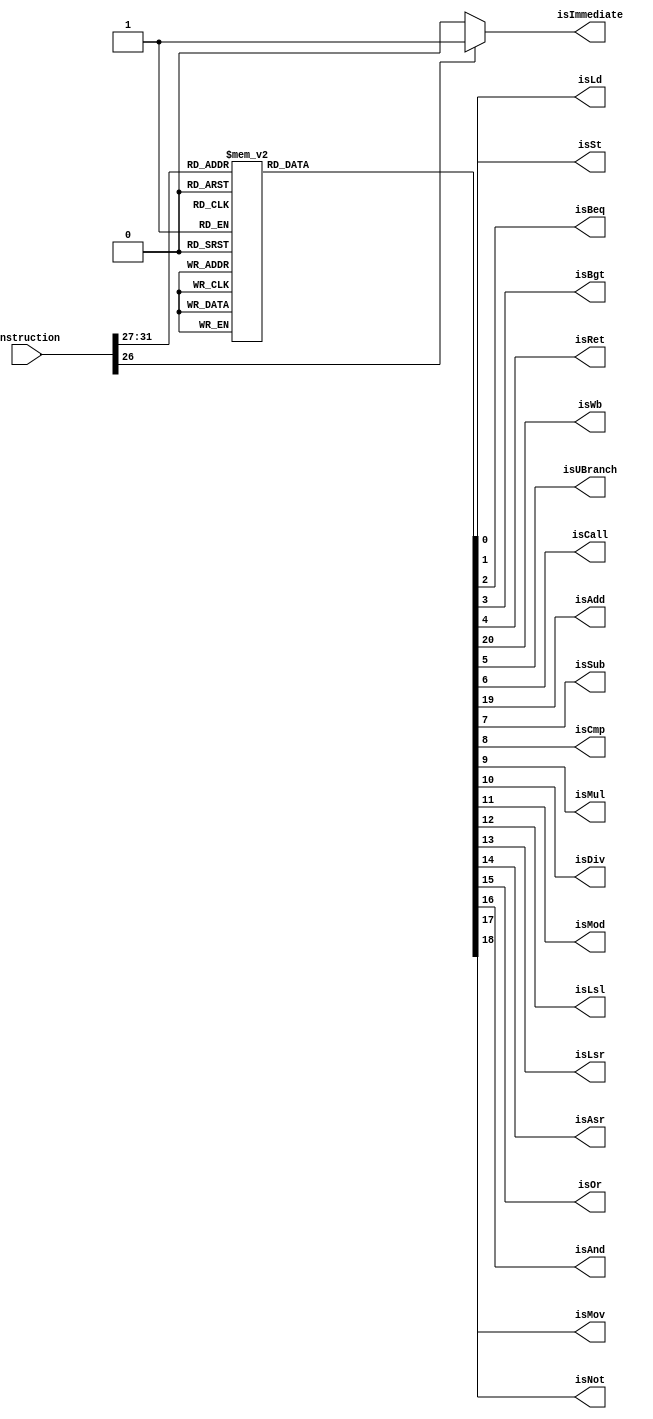
`timescale 1ns / 1ps
//////////////////////////////////////////////////////////////////////////////////
// Company: 
// Engineer: 
// 
// Design Name: 
// Module Name: ControlUnit
// Project Name: 
// Target Devices: 
// Tool Versions: 
// Description: 
// 
// Dependencies: 
// 
// Revision:
// Revision 0.01 - File Created
// Additional Comments:
// 
//////////////////////////////////////////////////////////////////////////////////


module ControlUnit (
    input wire [31:0] Instruction,
    output reg isSt,
    output reg isLd,
    output reg isBeq,
    output reg isBgt,
    output reg isRet,
    output reg isImmediate,
    output reg isWb,
    output reg isUBranch,
    output reg isCall,
    output reg isAdd,
    output reg isSub,
    output reg isCmp,
    output reg isMul,
    output reg isDiv,
    output reg isMod,
    output reg isLsl,
    output reg isLsr,
    output reg isAsr,
    output reg isOr,
    output reg isAnd,
    output reg isNot,
    output reg isMov
);

    // Extracting opcode and immediate bit
    wire [4:0] op_code;
    wire I;

    assign op_code = Instruction[31:27];
    assign I = Instruction[26];

    // Process to generate control signals based on opcode and immediate bit
    always @(*) begin
        // Default values for control signals
        isSt = 0;
        isLd = 0;
        isBeq = 0;
        isBgt = 0;
        isRet = 0;
        isImmediate = 0;
        isWb = 0;
        isUBranch = 0;
        isCall = 0;
        isAdd = 0;
        isSub = 0;
        isCmp = 0;
        isMul = 0;
        isDiv = 0;
        isMod = 0;
        isLsl = 0;
        isLsr = 0;
        isAsr = 0;
        isOr = 0;
        isAnd = 0;
        isNot = 0;
        isMov = 0;

        // Set isImmediate if I bit is set
        if (I == 1'b1) begin
            isImmediate = 1;
        end

        // Generate control signals based on opcode
        case (op_code)
            5'b00000: begin // add
                isAdd = 1;
                isWb = 1;
            end
            5'b00001: begin // sub
                isSub = 1;
                isWb = 1;
            end
            5'b00010: begin // mul
                isMul = 1;
                isWb = 1;
            end
            5'b00011: begin // div
                isDiv = 1;
                isWb = 1;
            end
            5'b00100: begin // mod
                isMod = 1;
                isWb = 1;
            end
            5'b00101: begin // cmp
                isCmp = 1;
            end
            5'b00110: begin // and
                isAnd = 1;
                isWb = 1;
            end
            5'b00111: begin // or
                isOr = 1;
                isWb = 1;
            end
            5'b01000: begin // not
                isNot = 1;
                isWb = 1;
            end
            5'b01001: begin // mov
                isMov = 1;
                isWb = 1;
            end
            5'b01010: begin // lsl
                isLsl = 1;
                isWb = 1;
            end
            5'b01011: begin // lsr
                isLsr = 1;
                isWb = 1;
            end
            5'b01100: begin // asr
                isAsr = 1;
                isWb = 1;
            end
            5'b01110: begin // ld
                isLd = 1;
                isWb = 1;
                isAdd = 1;
            end
            5'b01111: begin // st
                isSt = 1;
                isAdd = 1;
            end
            5'b10000: begin // beq
                isBeq = 1;
            end
            5'b10001: begin // bgt
                isBgt = 1;
            end
            5'b10010: begin // b
                isUBranch = 1;
            end
            5'b10011: begin // call
                isCall = 1;
                isUBranch = 1;
                isWb = 1;
            end
            5'b10100: begin // ret
                isRet = 1;
                isUBranch = 1;
            end
            default: begin
                // Default case, all control signals are 0
            end
        endcase
    end

endmodule